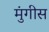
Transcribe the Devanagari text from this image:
मुंगीस